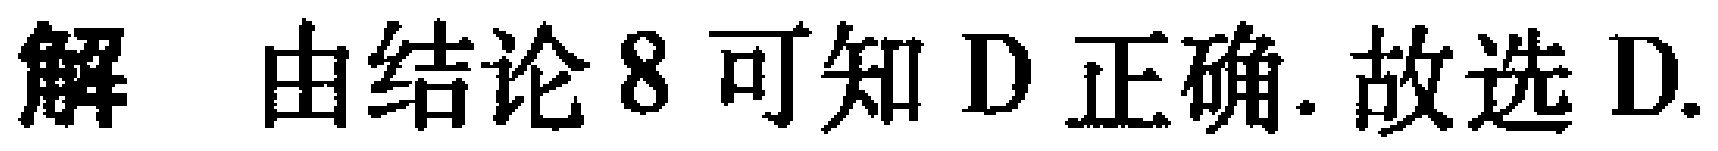
解 由结论8可知D正确. 故选D.